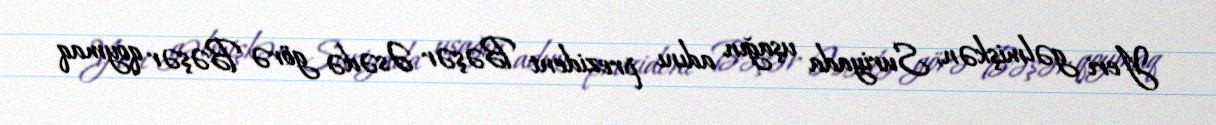
Yeri gəlmişkən, Suriyada uşağın adını prezident Bəşər Əsədə görə Bəşər qoymaq